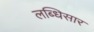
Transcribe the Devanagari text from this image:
लब्धिसार